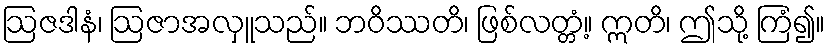
ဩဇဒါနံ၊ ဩဇာအလှူသည်။ ဘဝိဿတိ၊ ဖြစ်လတ္တံ့။ ဣတိ၊ ဤသို့ ကြံ၍။